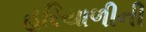
હરિયાળીની